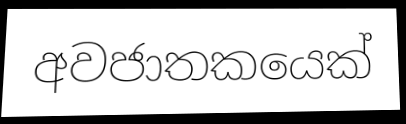
අවජාතකයෙක්